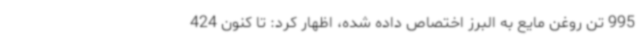
995 تن روغن مایع به البرز اختصاص داده شده، اظهار کرد: تا کنون 424